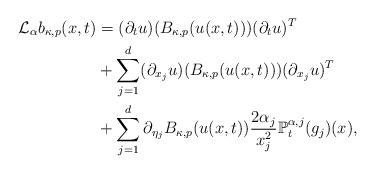
LaTeX: \begin{align*}\mathcal L_\alpha b_{\kappa, p}(x,t)&=(\partial_t u)(B_{\kappa,p}(u(x,t)))(\partial_t u)^T\\&+\sum_{j=1}^d(\partial_{x_j} u)(B_{\kappa,p}(u(x,t)))(\partial_{x_j} u)^T \\&+\sum_{j=1}^d\partial_{\eta_j}B_{\kappa,p}(u(x,t))\frac{2\alpha_j}{x_j^2}\mathbb{P}_t^{\alpha,j}({g_j})(x),\end{align*}